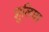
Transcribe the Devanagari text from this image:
झुलिया